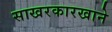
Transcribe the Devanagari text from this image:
साखरकारखाने